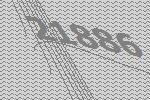
21886